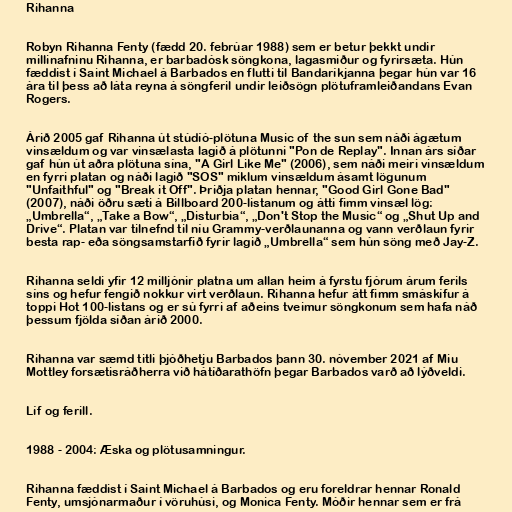
Rihanna

Robyn Rihanna Fenty (fædd 20. febrúar 1988) sem er betur þekkt undir
millinafninu Rihanna, er barbadósk söngkona, lagasmiður og fyrirsæta. Hún
fæddist í Saint Michael á Barbados en flutti til Bandaríkjanna þegar hún var 16
ára til þess að láta reyna á söngferil undir leiðsögn plötuframleiðandans Evan
Rogers.

Árið 2005 gaf Rihanna út stúdíó-plötuna Music of the sun sem náði ágætum
vinsældum og var vinsælasta lagið á plötunni "Pon de Replay". Innan árs síðar
gaf hún út aðra plötuna sína, "A Girl Like Me" (2006), sem náði meiri vinsældum
en fyrri platan og náði lagið "SOS" miklum vinsældum ásamt lögunum
"Unfaithful" og "Break it Off". Þriðja platan hennar, "Good Girl Gone Bad"
(2007), náði öðru sæti á Billboard 200-listanum og átti fimm vinsæl lög:
„Umbrella“, „Take a Bow“, „Disturbia“, „Don't Stop the Music“ og „Shut Up and
Drive“. Platan var tilnefnd til níu Grammy-verðlaunanna og vann verðlaun fyrir
besta rap- eða söngsamstarfið fyrir lagið „Umbrella“ sem hún söng með Jay-Z.

Rihanna seldi yfir 12 milljónir platna um allan heim á fyrstu fjórum árum ferils
síns og hefur fengið nokkur virt verðlaun. Rihanna hefur átt fimm smáskífur á
toppi Hot 100-listans og er sú fyrri af aðeins tveimur söngkonum sem hafa náð
þessum fjölda síðan árið 2000.

Rihanna var sæmd titli þjóðhetju Barbados þann 30. nóvember 2021 af Miu
Mottley forsætisráðherra við hátíðarathöfn þegar Barbados varð að lýðveldi.

Líf og ferill.

1988 - 2004: Æska og plötusamningur.

Rihanna fæddist í Saint Michael á Barbados og eru foreldrar hennar Ronald
Fenty, umsjónarmaður í vöruhúsi, og Monica Fenty. Móðir hennar sem er frá